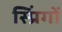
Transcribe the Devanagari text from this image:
स्प्रिंगों